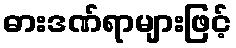
ဓားဒဏ်ရာများဖြင့်